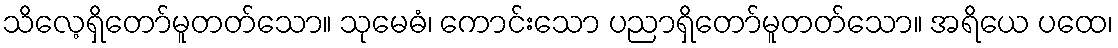
သိလေ့ရှိတော်မူတတ်သော။ သုမေဓံ၊ ကောင်းသော ပညာရှိတော်မူတတ်သော။ အရိယေ ပထေ၊